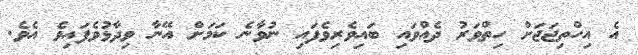
އެ އިހްތިޖަޖަށް ހިތްވަރު ދެއްވައި ބައިވެރިވެފައި ނުވާނެ ކަމަށް އޭނާ ވިދާޅުވެފައިވެ އެވެ.